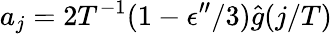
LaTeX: a_{j}=2T^{-1}(1-\epsilon^{\prime\prime}/3)\hat{g}(j/T)